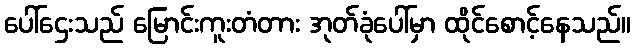
ပေါ်ဌေးသည် မြောင်းကူးတံတား အုတ်ခုံပေါ်မှာ ထိုင်စောင့်နေသည်။